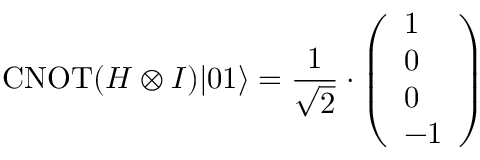
\operatorname { C N O T } ( H \otimes I ) | 0 1 \rangle = \frac { 1 } { \sqrt { 2 } } \cdot \left( \begin{array} { l } { 1 } \\ { 0 } \\ { 0 } \\ { - 1 } \end{array} \right)